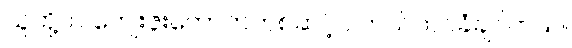
သူတို့က ကျေးဇူးတော်ကတစ်ဆင့်ပဲ ကယ်တင်ခံချင်တယ်။